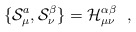
\begin{align*}\{ {\cal S}^a_\mu, {\cal S}^\beta_\nu \} = {\cal H}^{\alpha\beta}_{\mu\nu} \ \ ,\end{align*}